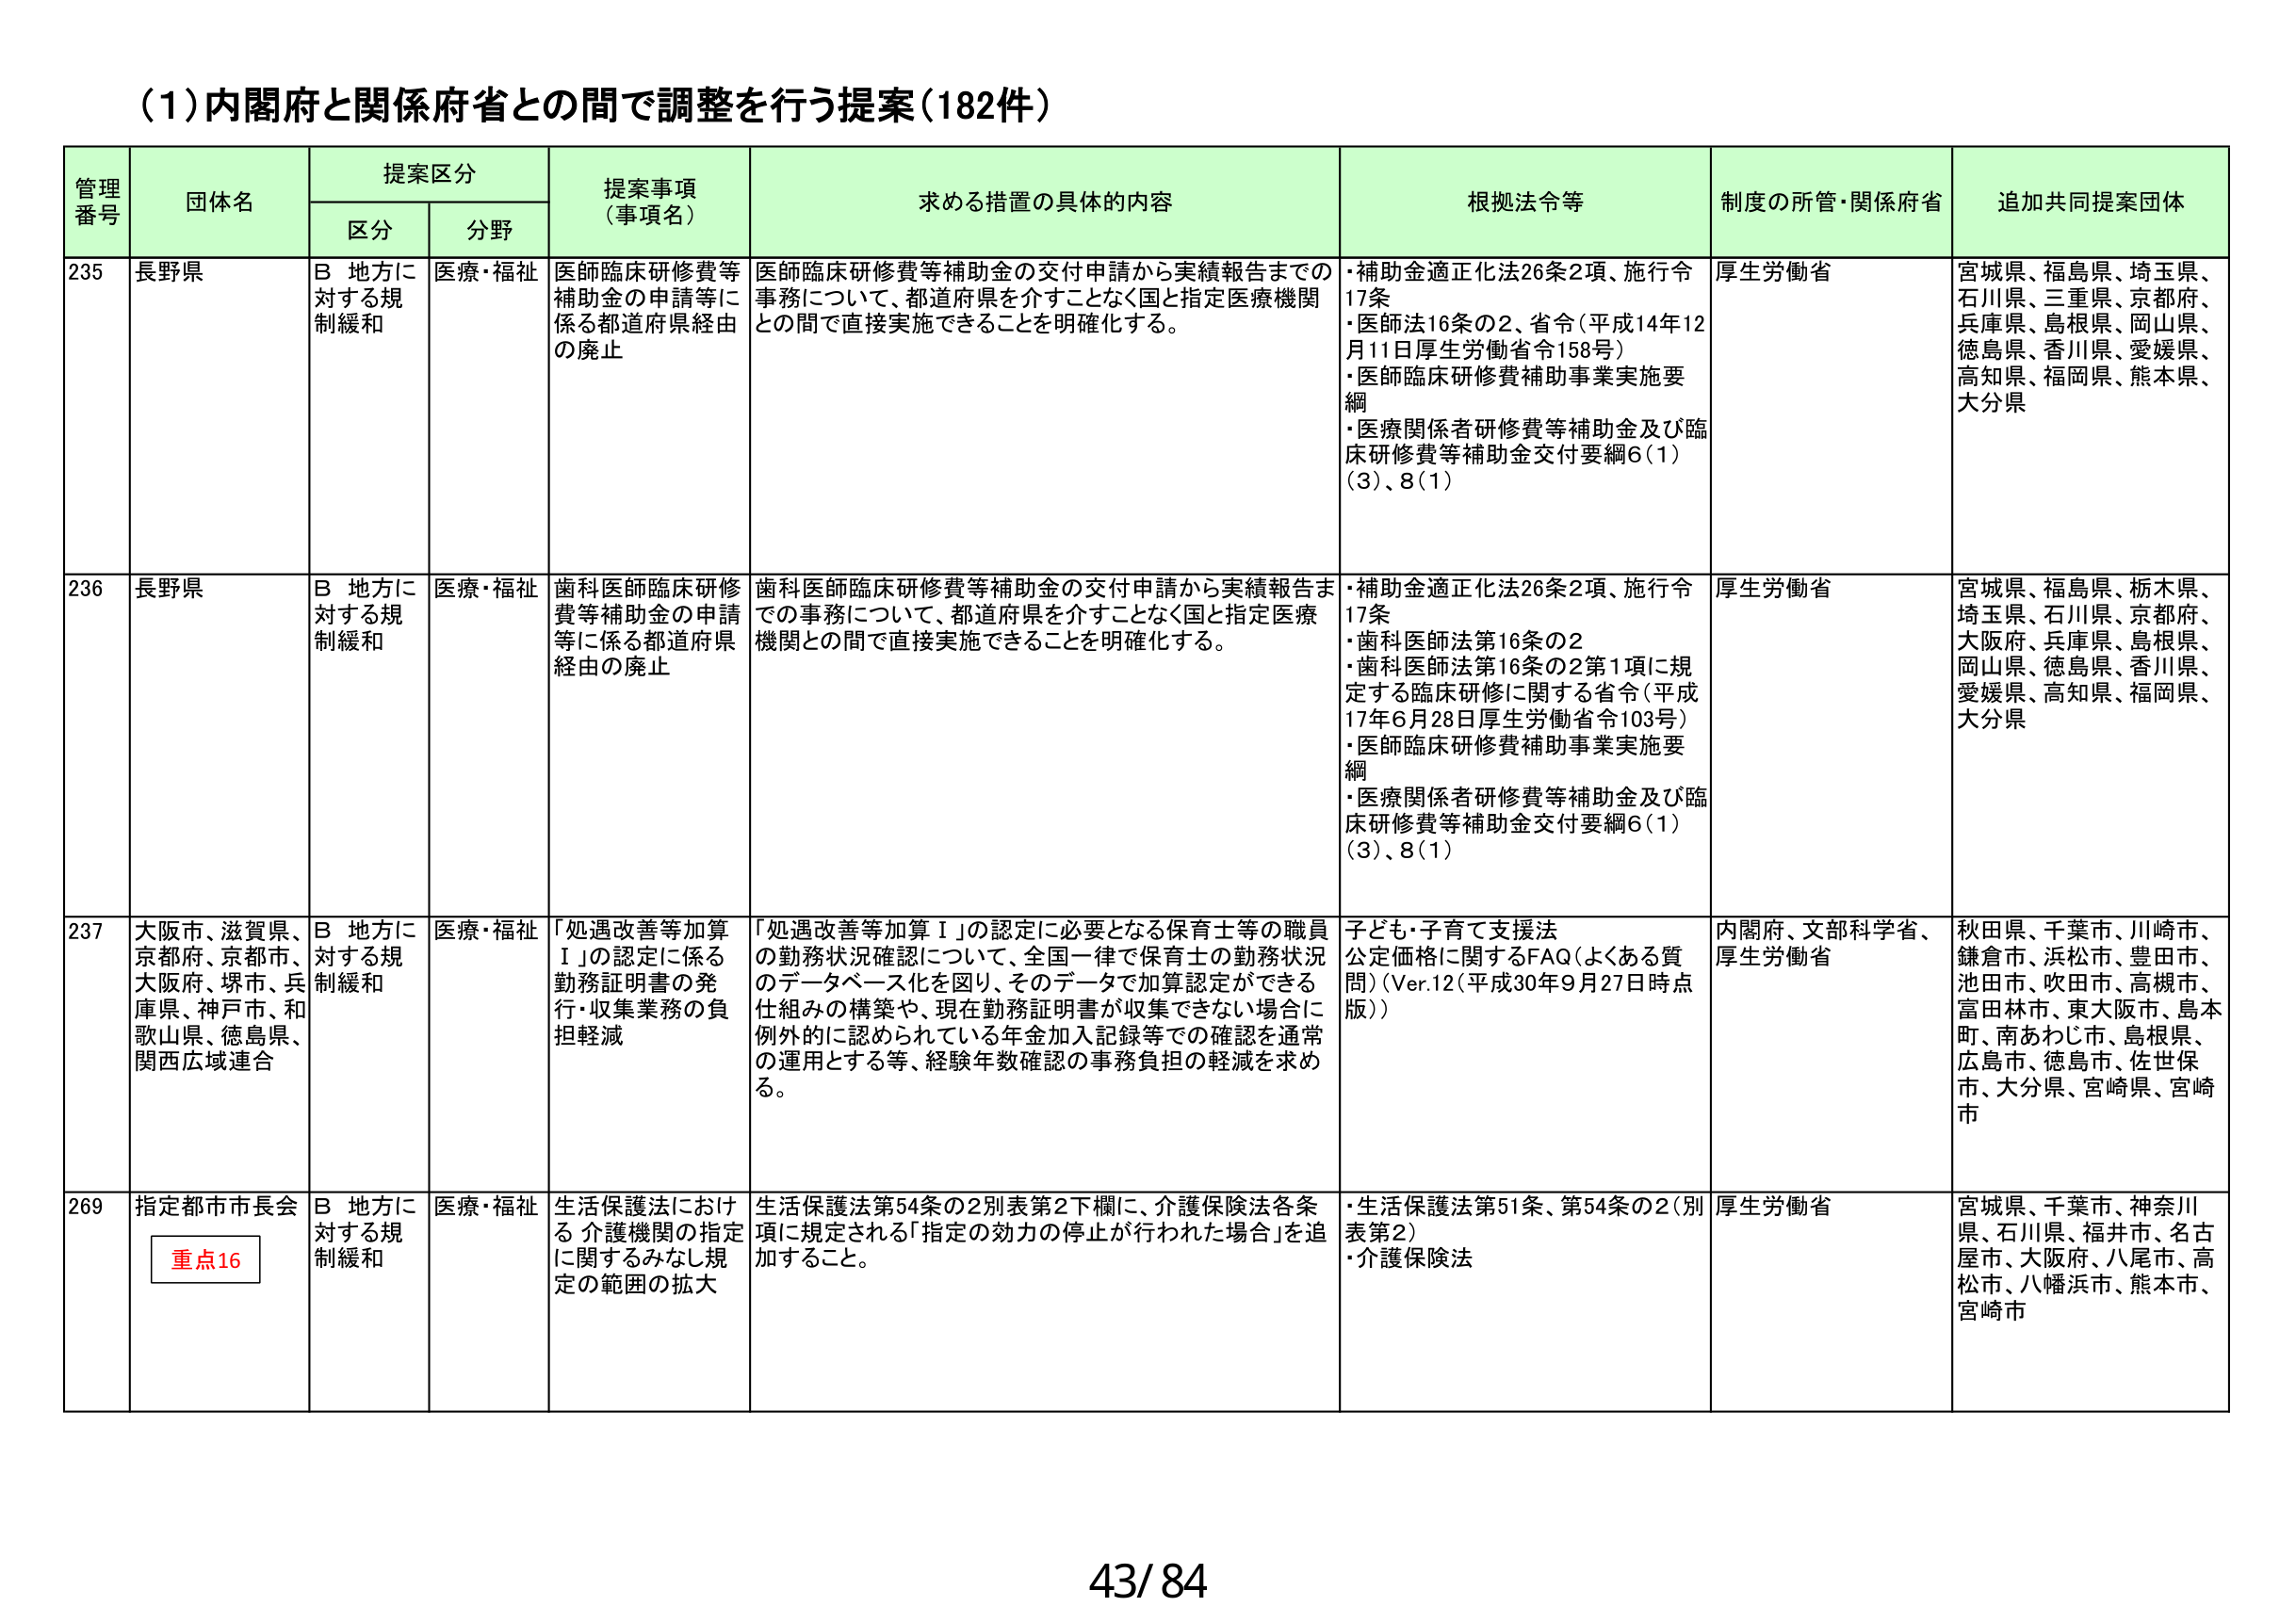
(1)内閣府と関係府省との間で調整を行う提案(182件)

管理番号 団体名 提案区分 提案事項（事項名） 求める措置の具体的内容 根拠法令等 制度の所管・関係府省 追加共同提案団体
区分 分野

235 長野県 B 地方に対する規制緩和 医療・福祉 医師臨床研修費等補助金の申請等に係る都道府県経由の廃止 医師臨床研修費等補助金の交付申請から実績報告までの事務について、都道府県を介すことなく国と指定医療機関との間で直接実施できることを明確化する。 ・補助金適正化法26条2項、施行令17条 ・医師法16条の2、省令(平成14年12月11日厚生労働省令158号) ・医師臨床研修費補助事業実施要綱 ・医療関係者研修費等補助金及び臨床研修費等補助金交付要綱6(1)(3)、8(1) 厚生労働省 宮城県、福島県、埼玉県、石川県、三重県、京都府、兵庫県、島根県、岡山県、徳島県、香川県、愛媛県、高知県、福岡県、熊本県、大分県

236 長野県 B 地方に対する規制緩和 医療・福祉 歯科医師臨床研修費等補助金の申請等に係る都道府県経由の廃止 歯科医師臨床研修費等補助金の交付申請から実績報告までの事務について、都道府県を介すことなく国と指定医療機関との間で直接実施できることを明確化する。 ・補助金適正化法26条2項、施行令17条 ・歯科医師法第16条の2 ・歯科医師法第16条の2第1項に規定する臨床研修に関する省令(平成17年6月28日厚生労働省令103号) ・医師臨床研修費補助事業実施要綱 ・医療関係者研修費等補助金及び臨床研修費等補助金交付要綱6(1)(3)、8(1) 厚生労働省 宮城県、福島県、栃木県、埼玉県、石川県、京都府、大阪府、兵庫県、島根県、岡山県、徳島県、香川県、愛媛県、高知県、福岡県、大分県

237 大阪市、滋賀県、京都府、京都市、大阪府、堺市、兵庫県、神戸市、和歌山県、徳島県、関西広域連合 B 地方に対する規制緩和 医療・福祉 「処遇改善等加算Ⅰ」の認定に係る勤務証明書の発行・収集業務の負担軽減 「処遇改善等加算Ⅰ」の認定に必要となる保育士等の職員の勤務状況確認について、全国一律で保育士の勤務状況のデータベース化を図り、そのデータで加算認定ができる仕組みの構築や、現在勤務証明書が収集できない場合に例外的に認められている年金加入記録等での確認を通常の運用とする等、経験年数確認の事務負担の軽減を求める。 子ども・子育て支援法 公定価格に関するFAQ(よくある質問)(Ver.12(平成30年9月27日時点版)) 内閣府、文部科学省、厚生労働省 秋田県、千葉市、川崎市、鎌倉市、浜松市、豊田市、池田市、吹田市、高槻市、富田林市、東大阪市、島本町、南あわじ市、島根県、広島市、徳島市、佐世保市、大分県、宮崎県、宮崎市

269 指定都市市長会 重点16 B 地方に対する規制緩和 医療・福祉 生活保護法における介護機関の指定に関するみなし規定の範囲の拡大 生活保護法第54条の2別表第2下欄に、介護保険法各条項に規定される「指定の効力の停止が行われた場合」を追加すること。 ・生活保護法第51条、第54条の2(別表第2) ・介護保険法 厚生労働省 宮城県、千葉市、神奈川県、石川県、福井市、名古屋市、大阪府、八尾市、高松市、八幡浜市、熊本市、宮崎市

43/84